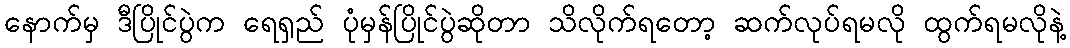
နောက်မှ ဒီပြိုင်ပွဲက ရေရှည် ပုံမှန်ပြိုင်ပွဲဆိုတာ သိလိုက်ရတော့ ဆက်လုပ်ရမလို ထွက်ရမလိုနဲ့